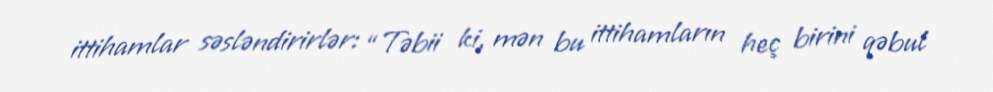
ittihamlar səsləndirirlər: “Təbii ki, mən bu ittihamların heç birini qəbul